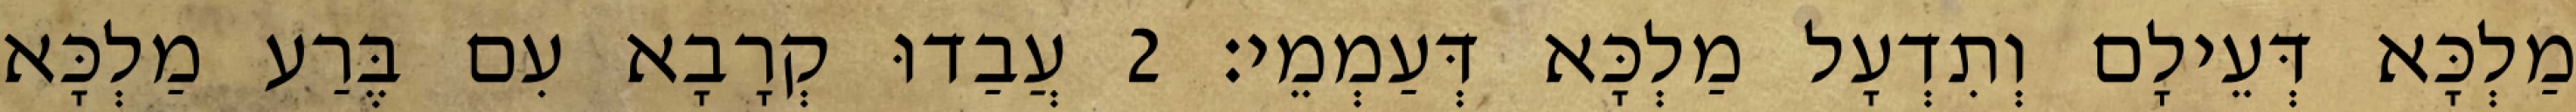
מַלְכָּא דְּעֵילָם וְתִדְעָל מַלְכָּא דְּעַמְמֵי׃ 2 עֲבַדוּ קְרָבָא עִם בֶּרַע מַלְכָּא